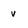
Character: v